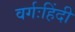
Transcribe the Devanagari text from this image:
वर्गःहिंदी